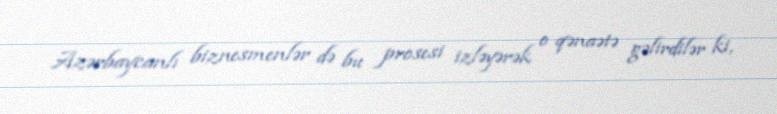
Azərbaycanlı biznesmenlər də bu prosesi izləyərək o qənaətə gəlirdilər ki,